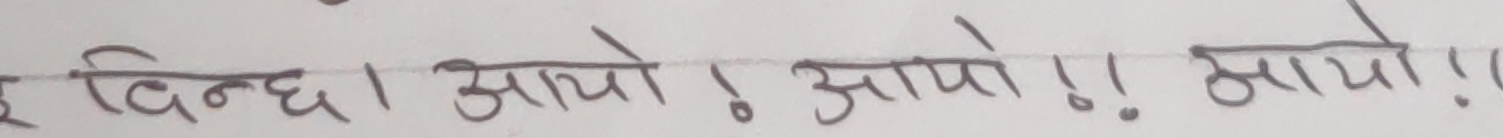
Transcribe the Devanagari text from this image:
इ दिन्छ। आयो ! आयो !! आयो !!